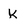
Character: K